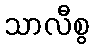
သာလီစွ